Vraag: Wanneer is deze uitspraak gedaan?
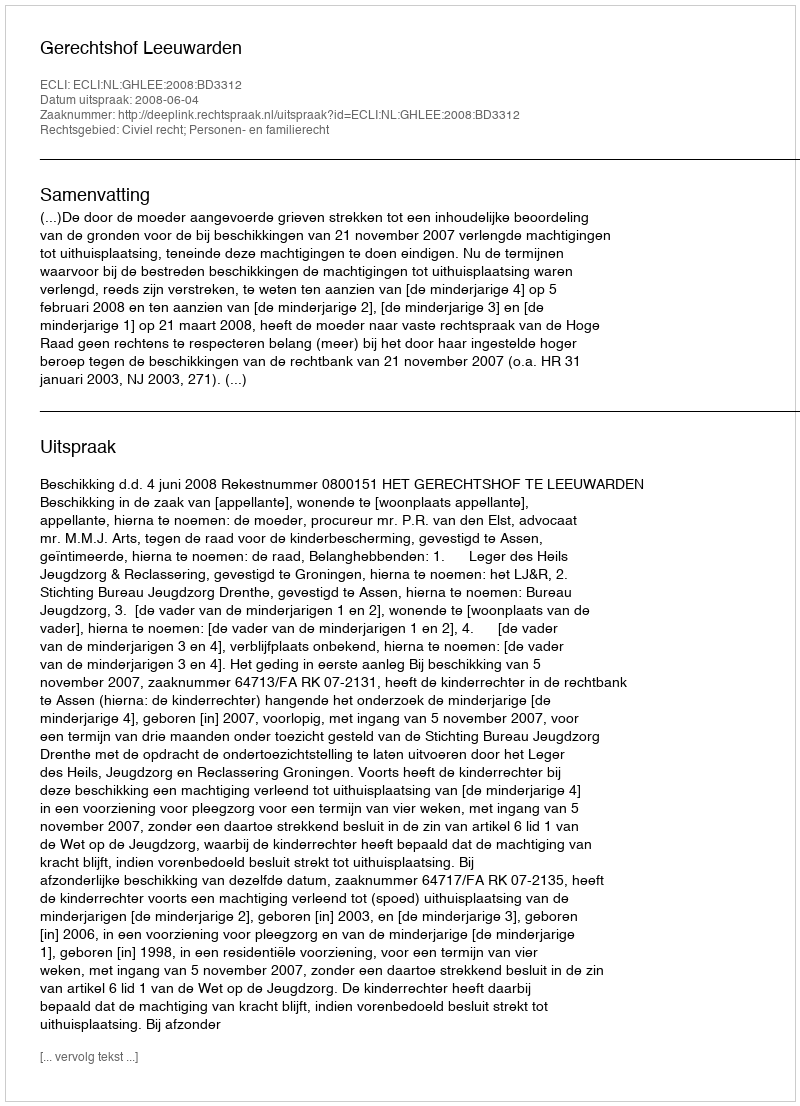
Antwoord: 2008-06-04